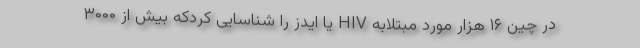
در چین ۱۶ هزار مورد مبتلابه HIV یا ایدز را شناسایی کردکه بیش از ۳۰۰۰